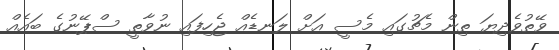
ވޭތުވެދިޔަ ތިން މެޗުގައި މެސީ އަށް ލަނޑެއް ޖެހިފައި ނުވާތީ ސްޕޭނުގެ ބައެއް